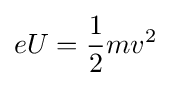
eU={\frac {1}{2}}mv^{2}